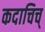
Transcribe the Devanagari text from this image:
कदाचिच्